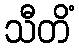
သီတိံ